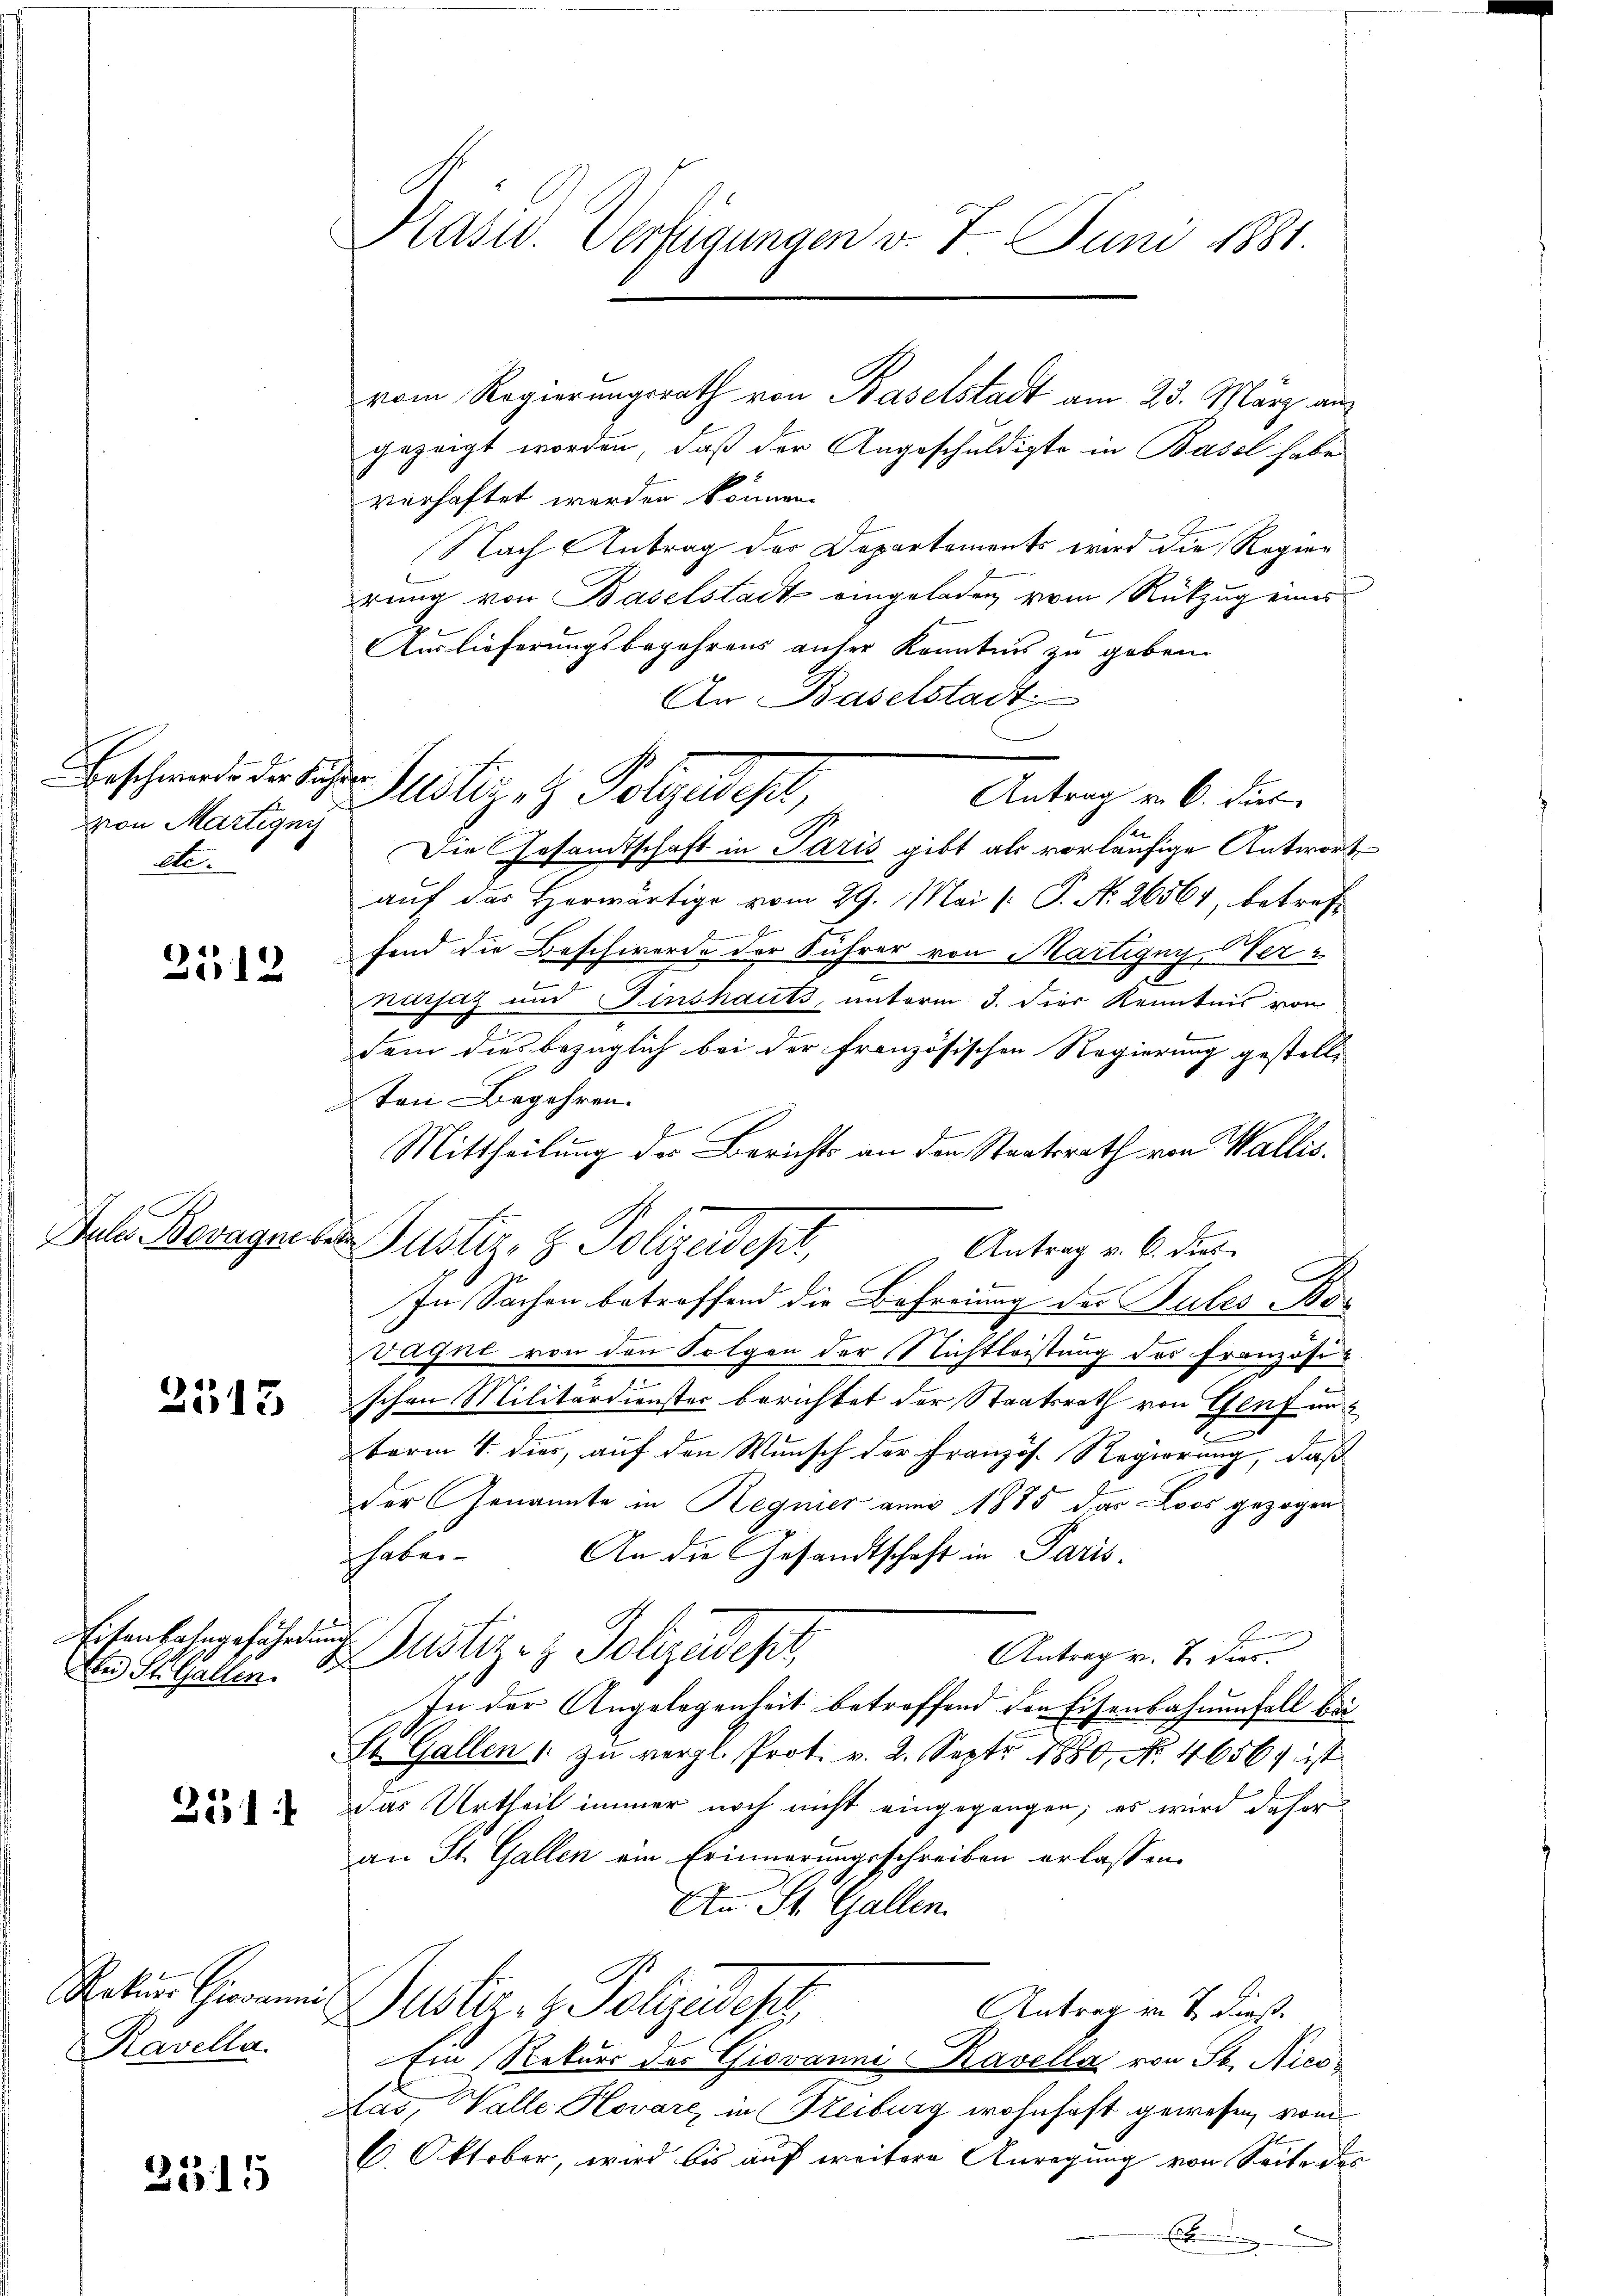
Beschwerde der Fähren
von Martignis
etc.

3512

2513

Abei St. Gallen.

251

Ravella.

3515

Präsid. Verfügungen v. 7. Juni 1881.

vom Regierungsrath von Baselstadt am 23. März angezeigt worden, daß der Angeschuldigte in Basel habe
verhaftet werden können.
Nach Antrag der Departements wird die Regier
rung von Baselstadt eingeladen, vom Rückzug eines
Auslieferungsbegehrens unser Kenntnis zu geben.
An Baselstadt
Antrag v. 6. dies
se
Die Gesandtschaft in Paris gibt als vorläufige Antwortauf das Herwärtige vom 29. Mai [: P. Nr. 26561, betreff
fend die Beschwerde der Führer von Martigny-Wer
e
1
nacsaz und Zinshauts, unterm 3. die Kenntnis von
dem dies bezüglich bei der französischen Regierung gestell-
ten Begehren.
Mittheilung der Berichts an den Staatsrath von Wallis.
Jele Beragen der Justiz- & Polizeidept,
Antrag v. 6. dies
In Sachen betreffend die Befreiung der Pules Bos
Vagnt von den Folgen der Nichtleistung des Französischen Militärdienster berichtet der Staatsrath von Genf un
Form 4. dies, auf den Wunsch der Französ. Regierung, daß
der Genannte in Regier anno 1875 das Loos gezogen
An die Gesandtschaft in Paris.
haten
E
Eisenbahrgeführung. Justiz- & Polizeidest
Antrag v. J. dies
In der Angelegenheit betroffend den Eisenbahnenfall bei
St. Gallen zŭ vergl. Prot. v. 2. Sept 1880, No. 4656) ist
das Urtheil immer noch nicht eingegangen; es wird daher
an St. Gallen ein Erinnerungsschreiben erlassen.
An St. Gallen.
Satin Gewann Gaster- & Polizeides
Antrag in T. dieß.
Ein Rekurs des Giovanne avella von St. Nicokas, Walle Kovare, in Heiburg wohnhaft gewesen, vom
6. Oktober, wird bis auf weitere Anregung von Seite des
E

Justiz z. Folgedehil,

u

.